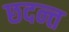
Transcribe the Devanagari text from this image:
छदन्त